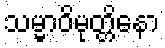
သမ္မာဝိမုတ္တိနော